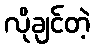
လိုချင်တဲ့